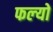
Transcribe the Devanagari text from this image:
फल्‍यो